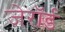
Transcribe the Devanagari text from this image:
जेरॉर्ड